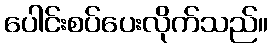
ပေါင်းစပ်ပေးလိုက်သည်။